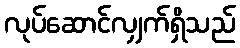
လုပ်ဆောင်လျှက်ရှိသည်